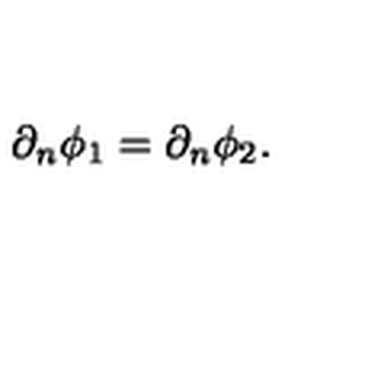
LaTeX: \partial _ { n } \phi _ { 1 } = \partial _ { n } \phi _ { 2 } .